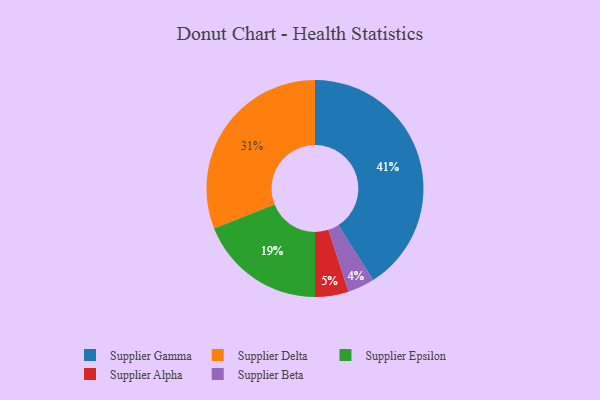
{"axis": {"x": "Category", "y": "Percentage"}, "legend": ["Supplier Alpha", "Supplier Beta", "Supplier Delta", "Supplier Epsilon", "Supplier Gamma"], "data": [{"x": "Supplier Beta", "y": 4, "type": "Supplier Beta"}, {"x": "Supplier Gamma", "y": 41, "type": "Supplier Gamma"}, {"x": "Supplier Delta", "y": 31, "type": "Supplier Delta"}, {"x": "Supplier Epsilon", "y": 19, "type": "Supplier Epsilon"}, {"x": "Supplier Alpha", "y": 5, "type": "Supplier Alpha"}]}